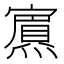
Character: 𭶞